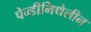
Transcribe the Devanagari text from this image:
पेन्डीमिथेलीन